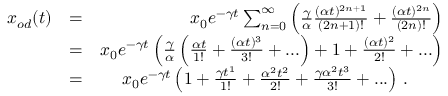
\begin{array} { r l r } { x _ { o d } ( t ) } & { = } & { x _ { 0 } e ^ { - \gamma t } \sum _ { n = 0 } ^ { \infty } \left( \frac { \gamma } { \alpha } \frac { ( \alpha t ) ^ { 2 n + 1 } } { ( 2 n + 1 ) ! } + \frac { ( \alpha t ) ^ { 2 n } } { ( 2 n ) ! } \right) } \\ & { = } & { x _ { 0 } e ^ { - \gamma t } \left( \frac { \gamma } { \alpha } \left( \frac { \alpha t } { 1 ! } + \frac { ( \alpha t ) ^ { 3 } } { 3 ! } + . . . \right) + 1 + \frac { ( \alpha t ) ^ { 2 } } { 2 ! } + . . . \right) } \\ & { = } & { x _ { 0 } e ^ { - \gamma t } \left( 1 + \frac { \gamma t ^ { 1 } } { 1 ! } + \frac { \alpha ^ { 2 } t ^ { 2 } } { 2 ! } + \frac { \gamma \alpha ^ { 2 } t ^ { 3 } } { 3 ! } + . . . \right) \, . \qquad } \end{array}